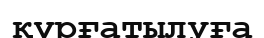
құрғатылуға